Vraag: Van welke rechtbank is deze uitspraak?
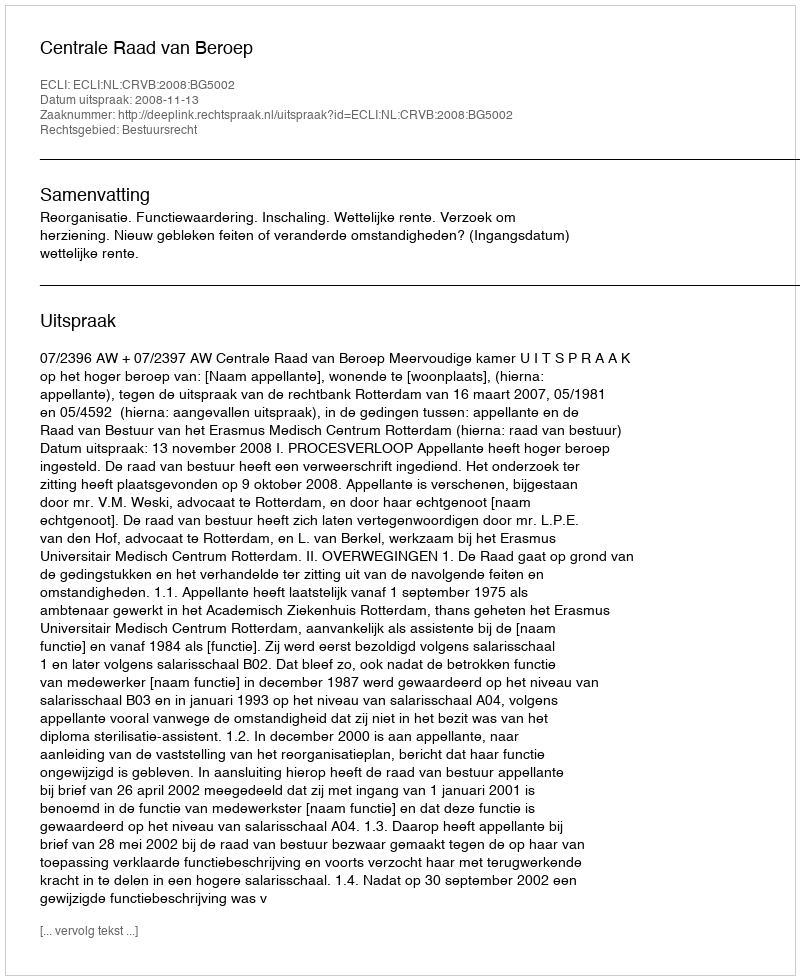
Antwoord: Centrale Raad van Beroep